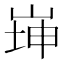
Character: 𡸼